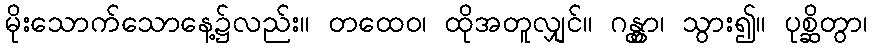
မိုးသောက်သောနေ့၌လည်း။ တထေဝ၊ ထိုအတူလျှင်။ ဂန္တွာ၊ သွား၍။ ပုစ္ဆိတွာ၊